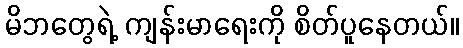
မိဘတွေရဲ့ ကျန်းမာရေးကို စိတ်ပူနေတယ်။